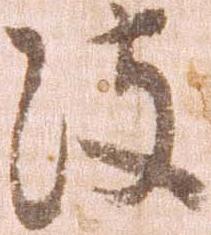
彼